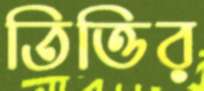
তিত্তির